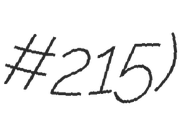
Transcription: #215)